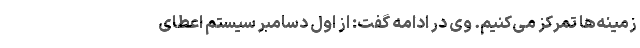
زمینه‌ها تمرکز می‌کنیم. وی در ادامه گفت:‌ از اول دسامبر سیستم اعطای